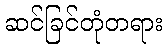
ဆင်ခြင်တုံတရား